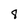
Character: 8